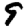
Digit: 9